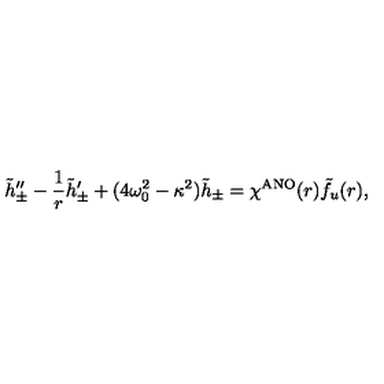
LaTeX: \tilde { h } _ { \pm } ^ { \prime \prime } - \frac { 1 } { r } \tilde { h } _ { \pm } ^ { \prime } + ( 4 \omega _ { 0 } ^ { 2 } - \kappa ^ { 2 } ) \tilde { h } _ { \pm } = \chi ^ { \mathrm { A N O } } ( r ) \tilde { f } _ { u } ( r ) ,